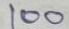
100